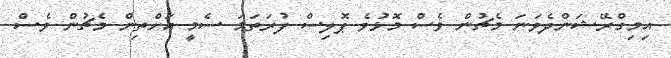
އިމިގްރޭޝަންދެވަނަ މެޗުން ވެސް މޮޅުވެ ޕޮލިސް ފުރަތަމަ ސެމީ އަށްތިން މެޗުން ވެސް